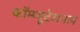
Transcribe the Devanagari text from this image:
कॉम्प्यूटेशनल